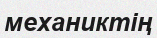
механиктің